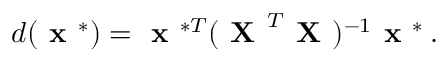
d ( \textbf { x } ^ { * } ) = \textbf { x } ^ { * T } ( \textbf { X } ^ { T } \textbf { X } ) ^ { - 1 } \textbf { x } ^ { * } \: .